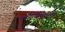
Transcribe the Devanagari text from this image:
बालासमुद्रमं